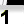
Digit: 1